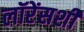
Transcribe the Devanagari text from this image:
लॉरेंसशी